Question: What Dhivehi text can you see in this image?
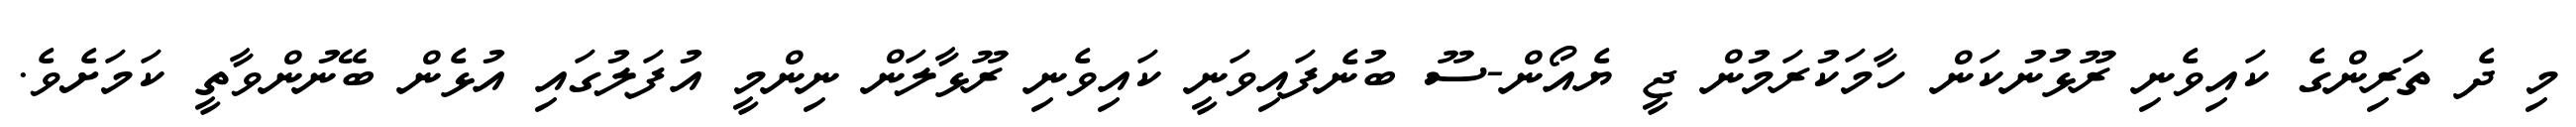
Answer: މި ދެ ތަރިންގެ ކައިވެނި ރޫޅުނުކަން ހާމަކުރަމުން ޖީ ޔެއޯން-ސޫ ބުނެފައިވަނީ ކައިވެނި ރޫޅާލަން ނިންމީ އުފަލުގައި އުޅެން ބޭނުންވާތީ ކަމަށެވެ.